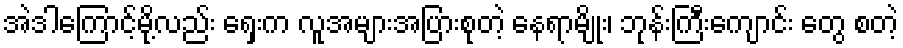
အဲဒါကြောင့်မို့လည်း ရှေးက လူအများအပြားစုတဲ့ နေရာမျိုး၊ ဘုန်းကြီးကျောင်း တွေ စတဲ့